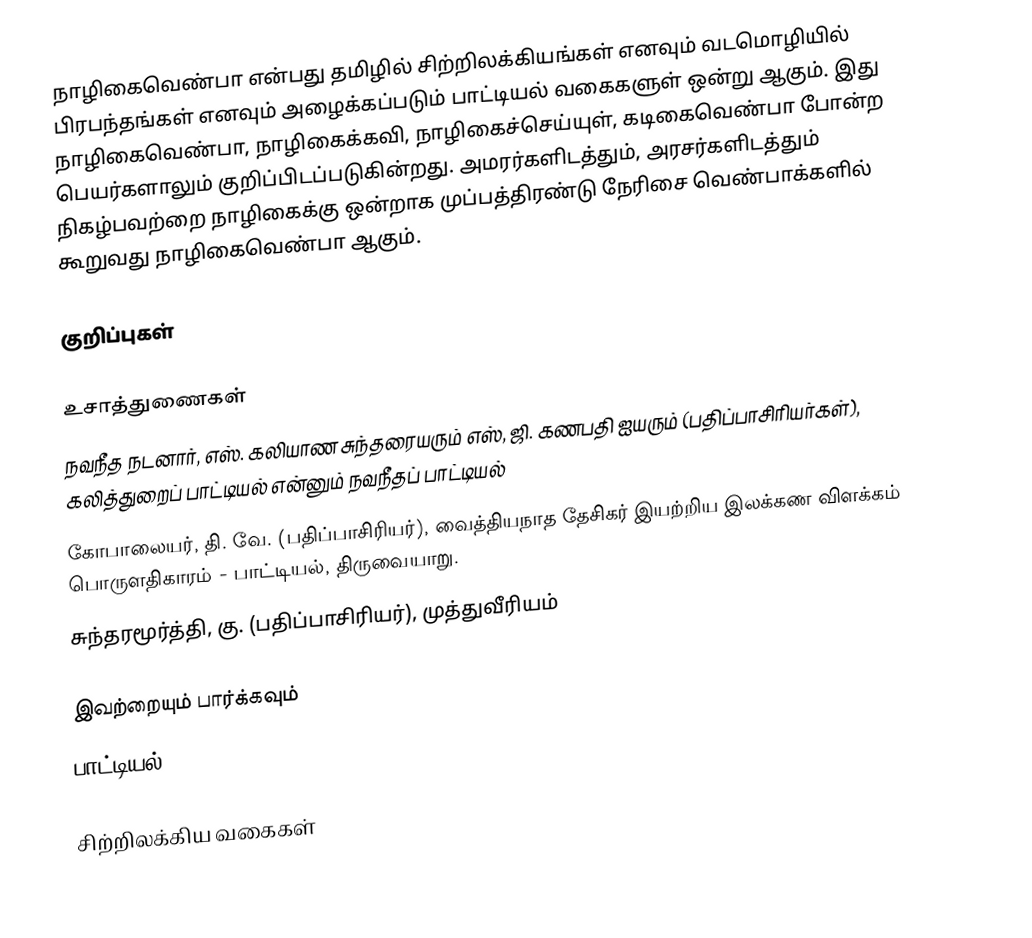
நாழிகைவெண்பா என்பது தமிழில் சிற்றிலக்கியங்கள் எனவும் வடமொழியில் பிரபந்தங்கள் எனவும் அழைக்கப்படும் பாட்டியல் வகைகளுள் ஒன்று ஆகும். இது நாழிகைவெண்பா, நாழிகைக்கவி, நாழிகைச்செய்யுள், கடிகைவெண்பா போன்ற பெயர்களாலும் குறிப்பிடப்படுகின்றது. அமரர்களிடத்தும், அரசர்களிடத்தும் நிகழ்பவற்றை நாழிகைக்கு ஒன்றாக முப்பத்திரண்டு நேரிசை வெண்பாக்களில் கூறுவது நாழிகைவெண்பா ஆகும்.

குறிப்புகள்

உசாத்துணைகள்
 நவநீத நடனார், எஸ். கலியாண சுந்தரையரும் எஸ், ஜி. கணபதி ஐயரும் (பதிப்பாசிரியர்கள்), கலித்துறைப் பாட்டியல் என்னும் நவநீதப் பாட்டியல்
 கோபாலையர், தி. வே. (பதிப்பாசிரியர்), வைத்தியநாத தேசிகர் இயற்றிய இலக்கண விளக்கம் பொருளதிகாரம் - பாட்டியல், திருவையாறு.
 சுந்தரமூர்த்தி, கு. (பதிப்பாசிரியர்), முத்துவீரியம்

இவற்றையும் பார்க்கவும்
 பாட்டியல்

சிற்றிலக்கிய வகைகள்